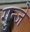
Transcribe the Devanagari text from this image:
गुन्जे